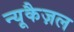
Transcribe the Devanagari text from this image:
न्यूकैज़ल